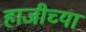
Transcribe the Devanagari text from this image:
हाजीच्या